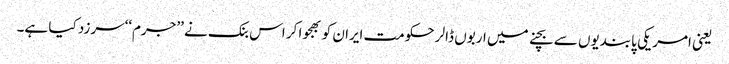
یعنی امریکی پابندیوں سے بچنے میں اربوں ڈالر حکومت ایران کو بھجوا کر اس بنک نے ’’جرم‘‘سرزد کیا ہے۔